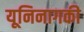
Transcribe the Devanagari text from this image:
यूनिनागकी